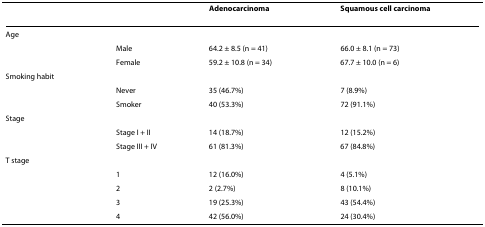
<table><thead><tr><td></td><td></td><td><b>Adenocarcinoma</b></td><td><b>Squamous cell carcinoma</b></td></tr></thead><tbody><tr><td>Age</td><td></td><td></td><td></td></tr><tr><td></td><td>Male</td><td>64.2 ± 8.5 (n = 41)</td><td>66.0 ± 8.1 (n = 73)</td></tr><tr><td></td><td>Female</td><td>59.2 ± 10.8 (n = 34)</td><td>67.7 ± 10.0 (n = 6)</td></tr><tr><td>Smoking habit</td><td></td><td></td><td></td></tr><tr><td></td><td>Never</td><td>35 (46.7%)</td><td>7 (8.9%)</td></tr><tr><td></td><td>Smoker</td><td>40 (53.3%)</td><td>72 (91.1%)</td></tr><tr><td>Stage</td><td></td><td></td><td></td></tr><tr><td></td><td>Stage I + II</td><td>14 (18.7%)</td><td>12 (15.2%)</td></tr><tr><td></td><td>Stage III + IV</td><td>61 (81.3%)</td><td>67 (84.8%)</td></tr><tr><td>T stage</td><td></td><td></td><td></td></tr><tr><td></td><td>1</td><td>12 (16.0%)</td><td>4 (5.1%)</td></tr><tr><td></td><td>2</td><td>2 (2.7%)</td><td>8 (10.1%)</td></tr><tr><td></td><td>3</td><td>19 (25.3%)</td><td>43 (54.4%)</td></tr><tr><td></td><td>4</td><td>42 (56.0%)</td><td>24 (30.4%)</td></tr></tbody></table>